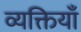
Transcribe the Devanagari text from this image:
व्यक्तियाँ